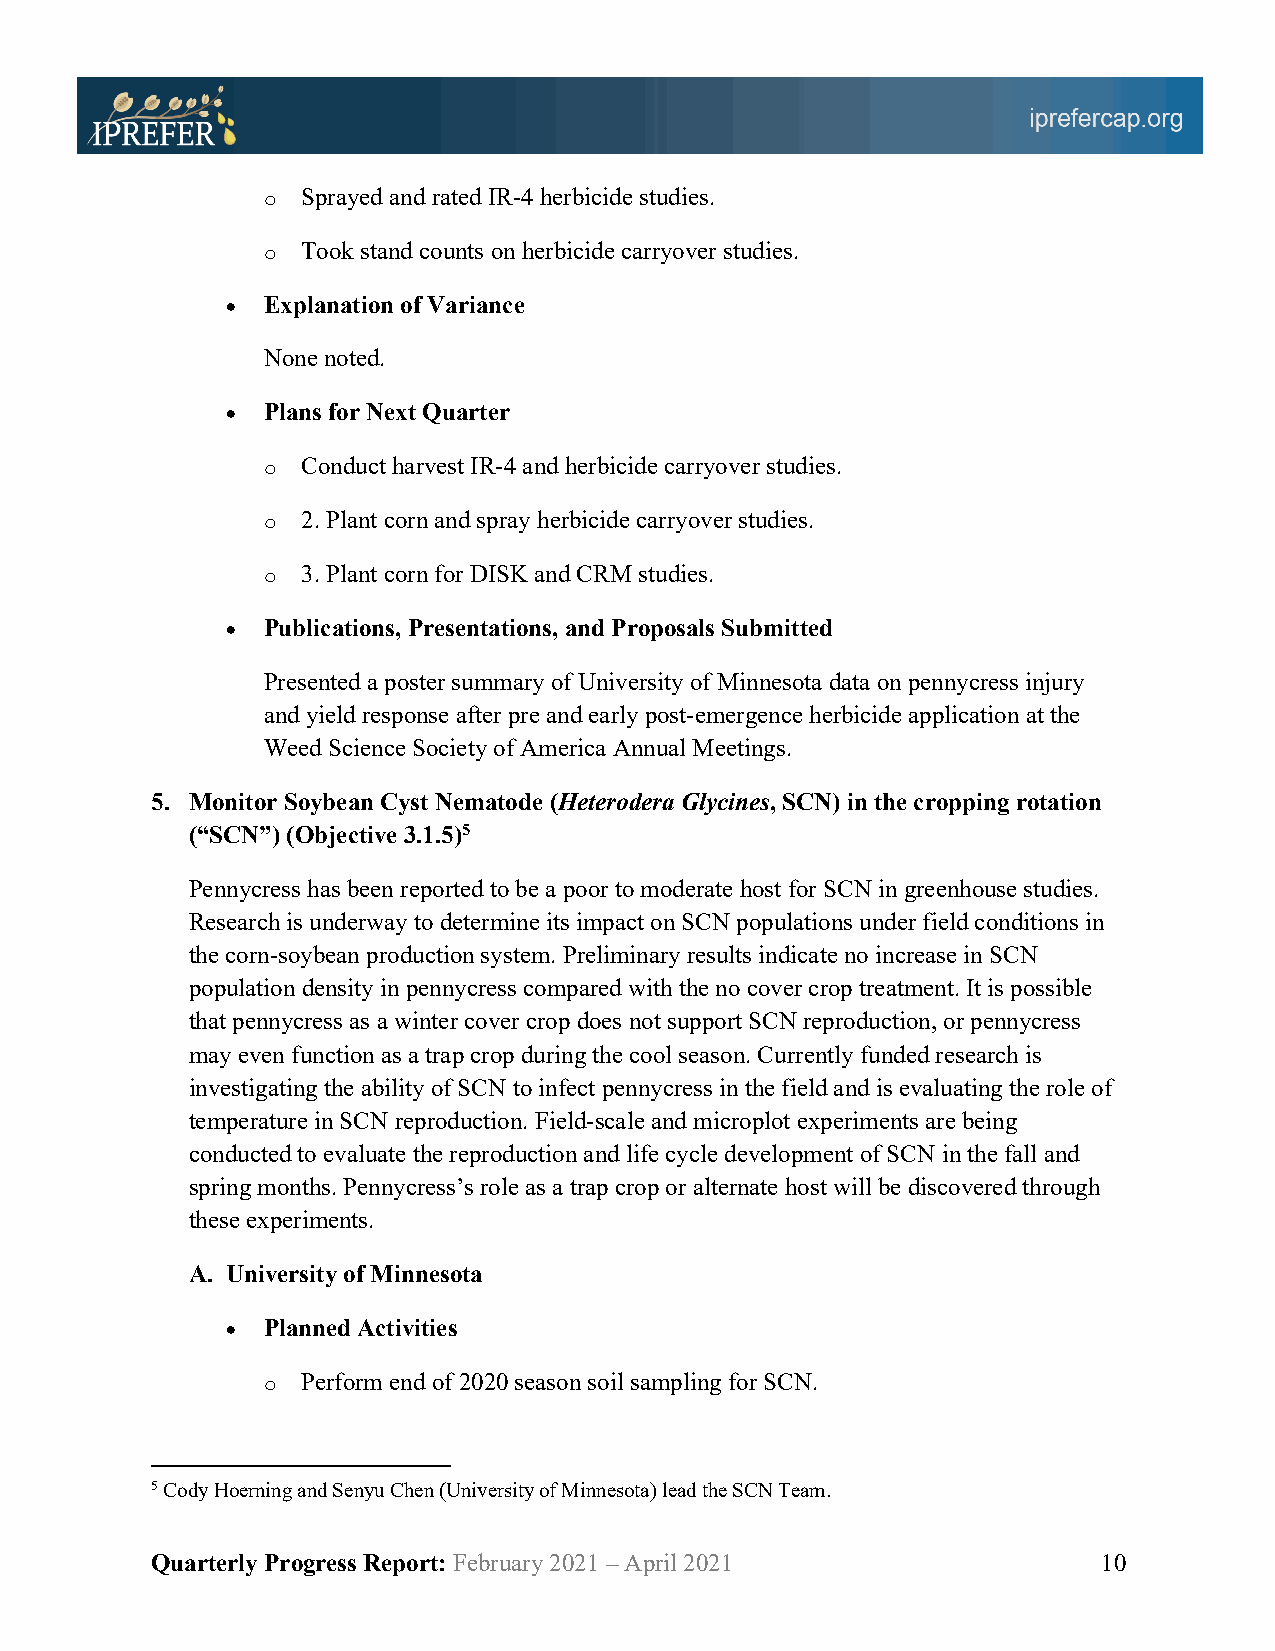
o  Sprayed and rated IR-4 herbicide studies.
 o  Took stand counts on herbicide carryover studies.
 • Explanation of Variance
 None noted.
 • Plans for Next Quarter
 o  Conduct harvest IR-4 and herbicide carryover studies.
 o  2. Plant corn and spray herbicide carryover studies.
 o  3. Plant corn for DISK and CRM studies.
 • Publications, Presentations, and Proposals Submitted
 Presented a poster summary of University of Minnesota data on pennycress injury
 and yield response after pre and early post-emergence herbicide application at the
 Weed Science Society of America Annual Meetings.
 5. Monitor Soybean Cyst Nematode (Heterodera Glycines, SCN) in the cropping rotation
 (“SCN”) (Objective 3.1.5)5
 Pennycress has been reported to be a poor to moderate host for SCN in greenhouse studies.
 Research is underway to determine its impact on SCN populations under field conditions in
 the corn-soybean production system. Preliminary results indicate no increase in SCN
 population density in pennycress compared with the no cover crop treatment. It is possible
 that pennycress as a winter cover crop does not support SCN reproduction, or pennycress
 may even function as a trap crop during the cool season. Currently funded research is
 investigating the ability of SCN to infect pennycress in the field and is evaluating the role of
 temperature in SCN reproduction. Field-scale and microplot experiments are being
 conducted to evaluate the reproduction and life cycle development of SCN in the fall and
 spring months. Pennycress’s role as a trap crop or alternate host will be discovered through
 these experiments.
 A. University of Minnesota
 • Planned Activities
 o  Perform end of 2020 season soil sampling for SCN.
 5 Cody Hoerning and Senyu Chen (University of Minnesota) lead the SCN Team.
 Quarterly Progress Report: February 2021 – April 2021          10